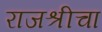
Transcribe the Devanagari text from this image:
राजश्रीचा